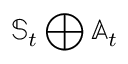
\mathbb { S } _ { t } \bigoplus \mathbb { A } _ { t }